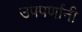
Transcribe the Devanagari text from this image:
उपपर्णानी